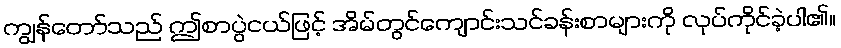
ကျွန်တော်သည် ဤစာပွဲငယ်ဖြင့် အိမ်တွင်ကျောင်းသင်ခန်းစာများကို လုပ်ကိုင်ခဲ့ပါ၏။